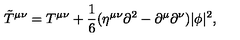
{ \tilde { T } } ^ { \mu \nu } = T ^ { \mu \nu } + { \frac { 1 } { 6 } } ( \eta ^ { \mu \nu } \partial ^ { 2 } - \partial ^ { \mu } \partial ^ { \nu } ) | \phi | ^ { 2 } ,